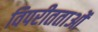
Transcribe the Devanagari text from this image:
विपरीतताओं